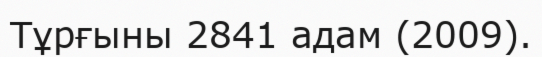
Тұрғыны 2841 адам (2009).